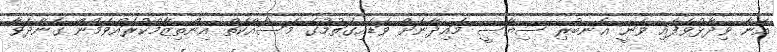
އޭނާ ވިދާޅުވެފައި ވަނީ އެނބުރި ސިޔާސީ މައިދާނަށް ވަޑައިގަތުމުގެ މަސައްކަތް އިންތިޒާމްކުރައްވަމުން ގެންދަވާ